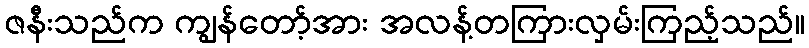
ဇနီးသည်က ကျွန်တော့်အား အလန့်တကြားလှမ်းကြည့်သည်။